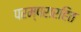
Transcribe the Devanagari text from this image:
परम्परारहित